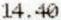
14.40